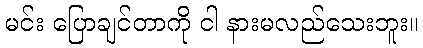
မင်း ပြောချင်တာကို ငါ နားမလည်သေးဘူး။